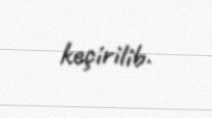
keçirilib.